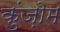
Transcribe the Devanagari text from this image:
कुंज़ोम